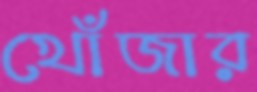
খোঁজার